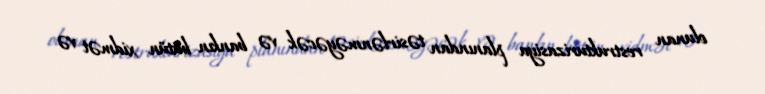
olunan restrukturizasiya planından təsirlənməyəcək və bankın bütün xidmət və